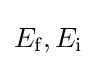
E_{\text{f}},E_{\text{i}}